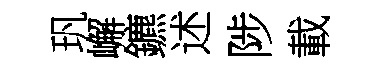
㺬嶰鑣述陟載